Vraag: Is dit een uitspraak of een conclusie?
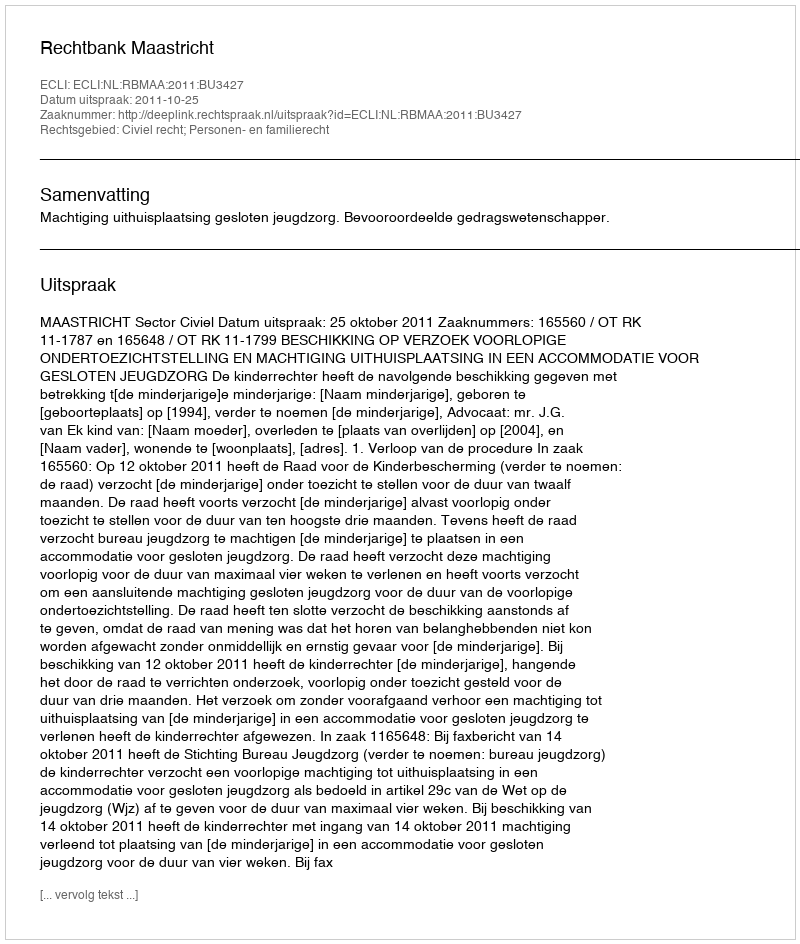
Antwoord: Uitspraak